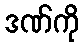
ဒဏ်ကို